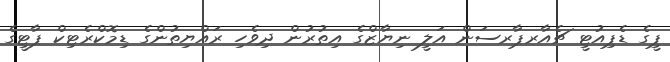
ޕީގެ ޑެޕިއުޓީ ޗެއާރޕާރސަން އަލީ ނިޔާޒްގެ އިތުރުން ދިވެހި ރައްޔިތުންގެ ޑިމޮކްރެޓިކް ޕާޓީގެ